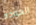
العوده